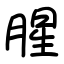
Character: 腥